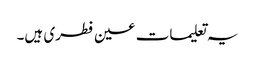
یہ تعلیمات عین فطری ہیں۔